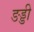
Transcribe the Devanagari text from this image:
ङड्डी